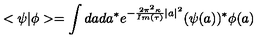
< \psi | \phi > = \int d a d a ^ { * } e ^ { - { \frac { 2 \pi ^ { 2 } \kappa } { I m ( \tau ) } } | a | ^ { 2 } } ( \psi ( a ) ) ^ { * } \phi ( a )